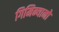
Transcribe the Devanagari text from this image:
गिमिन्यानो